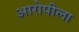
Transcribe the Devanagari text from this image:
आरोपीला